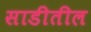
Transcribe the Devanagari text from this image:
साडीतील